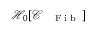
\mathcal { H } _ { 0 } [ \mathcal { C } _ { \mathrm { ~ \tiny ~ \textnormal ~ { ~ F ~ i ~ b ~ } ~ } } ]